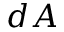
d A